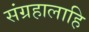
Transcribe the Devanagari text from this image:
संग्रहालाहि